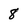
Character: 8